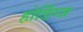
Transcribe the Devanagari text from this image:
होर्डिंग्ज